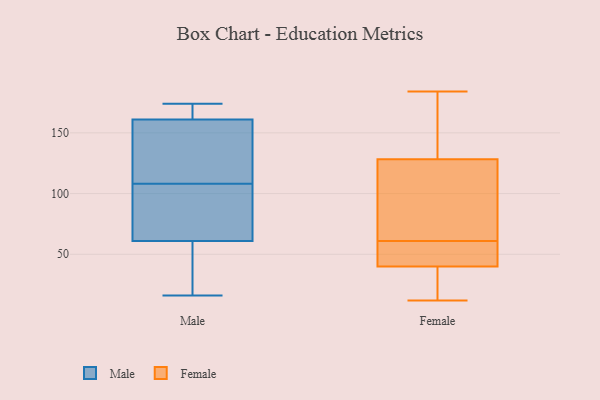
{"axis": {"x": "Churn Rate (%)", "y": "Value"}, "legend": ["Female", "Male"], "data": [{"x": "", "y": 112, "type": "Male"}, {"x": "", "y": 61, "type": "Male"}, {"x": "", "y": 16, "type": "Male"}, {"x": "", "y": 48, "type": "Male"}, {"x": "", "y": 174, "type": "Male"}, {"x": "", "y": 104, "type": "Male"}, {"x": "", "y": 84, "type": "Male"}, {"x": "", "y": 161, "type": "Male"}, {"x": "", "y": 119, "type": "Male"}, {"x": "", "y": 172, "type": "Male"}, {"x": "", "y": 41, "type": "Female"}, {"x": "", "y": 77, "type": "Female"}, {"x": "", "y": 36, "type": "Female"}, {"x": "", "y": 132, "type": "Female"}, {"x": "", "y": 37, "type": "Female"}, {"x": "", "y": 61, "type": "Female"}, {"x": "", "y": 175, "type": "Female"}, {"x": "", "y": 127, "type": "Female"}, {"x": "", "y": 12, "type": "Female"}, {"x": "", "y": 89, "type": "Female"}, {"x": "", "y": 184, "type": "Female"}, {"x": "", "y": 43, "type": "Female"}, {"x": "", "y": 47, "type": "Female"}]}